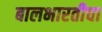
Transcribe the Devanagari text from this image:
बालभारतीचा